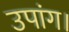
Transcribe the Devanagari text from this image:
उपांग।